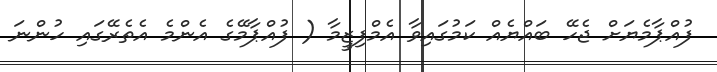
ފުއްޕާމެޔަށް ޖެހޭ ބައްޔެއް ކަމުގައިވާ އެމްފިޒީމާ ( ފުއްޕާމޭގެ އެންމެ އެތެރޭގައި ހުންނަ